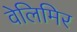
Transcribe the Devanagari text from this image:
वेलिमिर